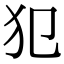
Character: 犯